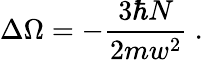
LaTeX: \Delta\Omega=-\frac{3\hbar N}{2mw^{2}}\mathrm{~.~}